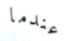
عندما